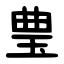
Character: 㻃